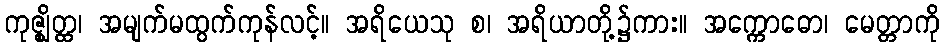
ကုဇ္ဈိတ္ထ၊ အမျက်မထွက်ကုန်လင့်။ အရိယေသု စ၊ အရိယာတို့၌ကား။ အက္ကောဓော၊ မေတ္တာကို